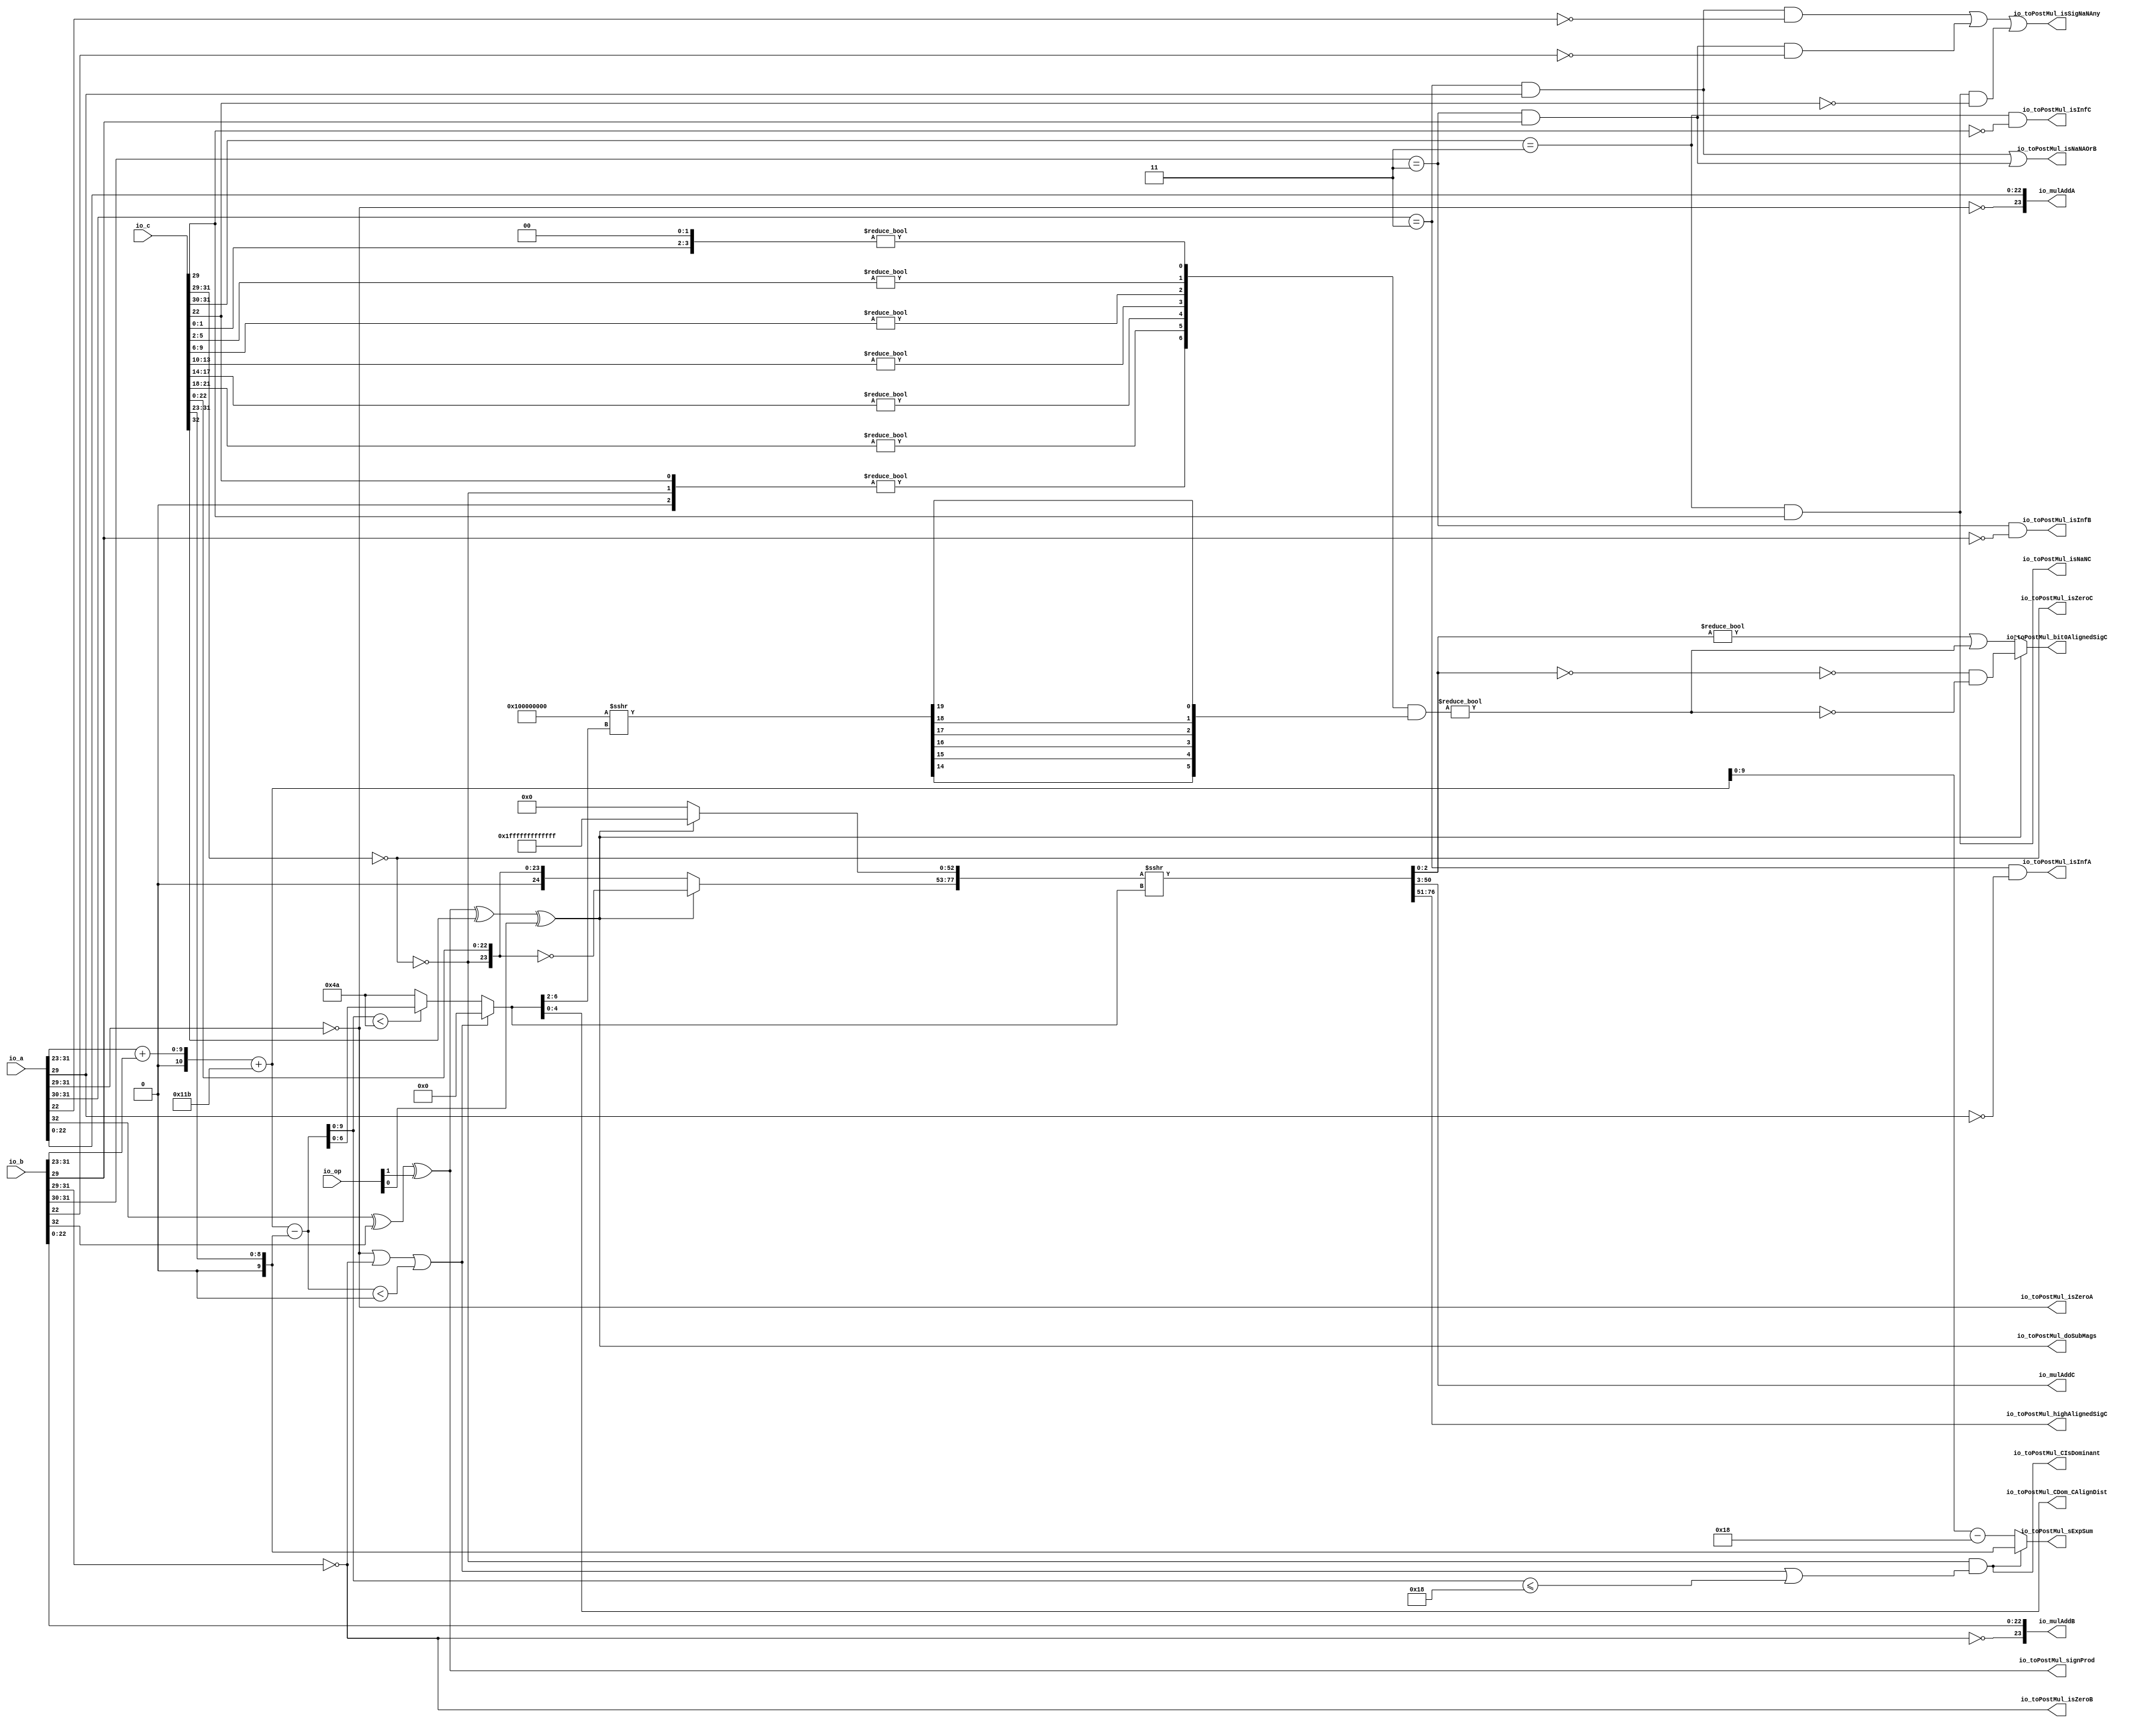
// Copyright (c) 2019, Microchip Corporation
// All rights reserved.
//
// Redistribution and use in source and binary forms, with or without
// modification, are permitted provided that the following conditions are met:
//     * Redistributions of source code must retain the above copyright
//       notice, this list of conditions and the following disclaimer.
//     * Redistributions in binary form must reproduce the above copyright
//       notice, this list of conditions and the following disclaimer in the
//       documentation and/or other materials provided with the distribution.
//     * Neither the name of the <organization> nor the
//       names of its contributors may be used to endorse or promote products
//       derived from this software without specific prior written permission.
//
// THIS SOFTWARE IS PROVIDED BY THE COPYRIGHT HOLDERS AND CONTRIBUTORS "AS IS" AND
// ANY EXPRESS OR IMPLIED WARRANTIES, INCLUDING, BUT NOT LIMITED TO, THE IMPLIED
// WARRANTIES OF MERCHANTABILITY AND FITNESS FOR A PARTICULAR PURPOSE ARE
// DISCLAIMED. IN NO EVENT SHALL MICROSEMI CORPORATIONM BE LIABLE FOR ANY
// DIRECT, INDIRECT, INCIDENTAL, SPECIAL, EXEMPLARY, OR CONSEQUENTIAL DAMAGES
// (INCLUDING, BUT NOT LIMITED TO, PROCUREMENT OF SUBSTITUTE GOODS OR SERVICES;
// LOSS OF USE, DATA, OR PROFITS; OR BUSINESS INTERRUPTION) HOWEVER CAUSED AND
// ON ANY THEORY OF LIABILITY, WHETHER IN CONTRACT, STRICT LIABILITY, OR TORT
// (INCLUDING NEGLIGENCE OR OTHERWISE) ARISING IN ANY WAY OUT OF THE USE OF THIS
// SOFTWARE, EVEN IF ADVISED OF THE POSSIBILITY OF SUCH DAMAGE.
//
// APACHE LICENSE
// Copyright (c) 2019, Microchip Corporation 
//
// Licensed under the Apache License, Version 2.0 (the "License");
// you may not use this file except in compliance with the License.
// You may obtain a copy of the License at
//
//    http://www.apache.org/licenses/LICENSE-2.0
//
// Unless required by applicable law or agreed to in writing, software
// distributed under the License is distributed on an "AS IS" BASIS,
// WITHOUT WARRANTIES OR CONDITIONS OF ANY KIND, either express or implied.
// See the License for the specific language governing permissions and
// limitations under the License.
//
// Description:
//
// SVN Revision Information:
// SVN $Revision: $
// SVN $Date: $
//
// Resolved SARs
// SAR      Date     Who   Description
//
// Notes:
//
// ****************************************************************************/
`ifndef RANDOMIZE_REG_INIT 
	 `define RANDOMIZE_REG_INIT 
 `endif
`ifndef RANDOMIZE_MEM_INIT 
	 `define RANDOMIZE_MEM_INIT 
 `endif
`ifndef RANDOMIZE 
	 `define RANDOMIZE 
`endif

`timescale 1ns/10ps
module MIV_RV32IMAF_L1_AHB_C0_MIV_RV32IMAF_L1_AHB_C0_0_MIV_RV32IMAF_L1_AHB_MUL_ADD_REC_FNTO_RAW_PRE_MUL( // @[:freechips.rocketchip.system.MivRV32ImafL1AhbConfig.fir@106796.2]
  input  [1:0]  io_op, // @[:freechips.rocketchip.system.MivRV32ImafL1AhbConfig.fir@106799.4]
  input  [32:0] io_a, // @[:freechips.rocketchip.system.MivRV32ImafL1AhbConfig.fir@106799.4]
  input  [32:0] io_b, // @[:freechips.rocketchip.system.MivRV32ImafL1AhbConfig.fir@106799.4]
  input  [32:0] io_c, // @[:freechips.rocketchip.system.MivRV32ImafL1AhbConfig.fir@106799.4]
  output [23:0] io_mulAddA, // @[:freechips.rocketchip.system.MivRV32ImafL1AhbConfig.fir@106799.4]
  output [23:0] io_mulAddB, // @[:freechips.rocketchip.system.MivRV32ImafL1AhbConfig.fir@106799.4]
  output [47:0] io_mulAddC, // @[:freechips.rocketchip.system.MivRV32ImafL1AhbConfig.fir@106799.4]
  output        io_toPostMul_isSigNaNAny, // @[:freechips.rocketchip.system.MivRV32ImafL1AhbConfig.fir@106799.4]
  output        io_toPostMul_isNaNAOrB, // @[:freechips.rocketchip.system.MivRV32ImafL1AhbConfig.fir@106799.4]
  output        io_toPostMul_isInfA, // @[:freechips.rocketchip.system.MivRV32ImafL1AhbConfig.fir@106799.4]
  output        io_toPostMul_isZeroA, // @[:freechips.rocketchip.system.MivRV32ImafL1AhbConfig.fir@106799.4]
  output        io_toPostMul_isInfB, // @[:freechips.rocketchip.system.MivRV32ImafL1AhbConfig.fir@106799.4]
  output        io_toPostMul_isZeroB, // @[:freechips.rocketchip.system.MivRV32ImafL1AhbConfig.fir@106799.4]
  output        io_toPostMul_signProd, // @[:freechips.rocketchip.system.MivRV32ImafL1AhbConfig.fir@106799.4]
  output        io_toPostMul_isNaNC, // @[:freechips.rocketchip.system.MivRV32ImafL1AhbConfig.fir@106799.4]
  output        io_toPostMul_isInfC, // @[:freechips.rocketchip.system.MivRV32ImafL1AhbConfig.fir@106799.4]
  output        io_toPostMul_isZeroC, // @[:freechips.rocketchip.system.MivRV32ImafL1AhbConfig.fir@106799.4]
  output [9:0]  io_toPostMul_sExpSum, // @[:freechips.rocketchip.system.MivRV32ImafL1AhbConfig.fir@106799.4]
  output        io_toPostMul_doSubMags, // @[:freechips.rocketchip.system.MivRV32ImafL1AhbConfig.fir@106799.4]
  output        io_toPostMul_CIsDominant, // @[:freechips.rocketchip.system.MivRV32ImafL1AhbConfig.fir@106799.4]
  output [4:0]  io_toPostMul_CDom_CAlignDist, // @[:freechips.rocketchip.system.MivRV32ImafL1AhbConfig.fir@106799.4]
  output [25:0] io_toPostMul_highAlignedSigC, // @[:freechips.rocketchip.system.MivRV32ImafL1AhbConfig.fir@106799.4]
  output        io_toPostMul_bit0AlignedSigC // @[:freechips.rocketchip.system.MivRV32ImafL1AhbConfig.fir@106799.4]
);
  wire [8:0] _T_10; // @[rawFloatFromRecFN.scala 50:21:freechips.rocketchip.system.MivRV32ImafL1AhbConfig.fir@106804.4]
  wire [2:0] _T_11; // @[rawFloatFromRecFN.scala 51:29:freechips.rocketchip.system.MivRV32ImafL1AhbConfig.fir@106805.4]
  wire  rawA_isZero; // @[rawFloatFromRecFN.scala 51:54:freechips.rocketchip.system.MivRV32ImafL1AhbConfig.fir@106806.4]
  wire [1:0] _T_14; // @[rawFloatFromRecFN.scala 52:29:freechips.rocketchip.system.MivRV32ImafL1AhbConfig.fir@106807.4]
  wire  _T_16; // @[rawFloatFromRecFN.scala 52:54:freechips.rocketchip.system.MivRV32ImafL1AhbConfig.fir@106808.4]
  wire  _T_18; // @[rawFloatFromRecFN.scala 55:41:freechips.rocketchip.system.MivRV32ImafL1AhbConfig.fir@106811.4]
  wire  rawA_isNaN; // @[rawFloatFromRecFN.scala 55:33:freechips.rocketchip.system.MivRV32ImafL1AhbConfig.fir@106812.4]
  wire  _T_22; // @[rawFloatFromRecFN.scala 56:36:freechips.rocketchip.system.MivRV32ImafL1AhbConfig.fir@106815.4]
  wire  rawA_isInf; // @[rawFloatFromRecFN.scala 56:33:freechips.rocketchip.system.MivRV32ImafL1AhbConfig.fir@106816.4]
  wire  rawA_sign; // @[rawFloatFromRecFN.scala 58:25:freechips.rocketchip.system.MivRV32ImafL1AhbConfig.fir@106819.4]
  wire [9:0] rawA_sExp; // @[rawFloatFromRecFN.scala 59:27:freechips.rocketchip.system.MivRV32ImafL1AhbConfig.fir@106821.4]
  wire  _T_28; // @[rawFloatFromRecFN.scala 60:39:freechips.rocketchip.system.MivRV32ImafL1AhbConfig.fir@106823.4]
  wire [22:0] _T_29; // @[rawFloatFromRecFN.scala 60:51:freechips.rocketchip.system.MivRV32ImafL1AhbConfig.fir@106824.4]
  wire [1:0] _T_30; // @[Cat.scala 30:58:freechips.rocketchip.system.MivRV32ImafL1AhbConfig.fir@106825.4]
  wire [24:0] rawA_sig; // @[Cat.scala 30:58:freechips.rocketchip.system.MivRV32ImafL1AhbConfig.fir@106826.4]
  wire [8:0] _T_32; // @[rawFloatFromRecFN.scala 50:21:freechips.rocketchip.system.MivRV32ImafL1AhbConfig.fir@106828.4]
  wire [2:0] _T_33; // @[rawFloatFromRecFN.scala 51:29:freechips.rocketchip.system.MivRV32ImafL1AhbConfig.fir@106829.4]
  wire  rawB_isZero; // @[rawFloatFromRecFN.scala 51:54:freechips.rocketchip.system.MivRV32ImafL1AhbConfig.fir@106830.4]
  wire [1:0] _T_36; // @[rawFloatFromRecFN.scala 52:29:freechips.rocketchip.system.MivRV32ImafL1AhbConfig.fir@106831.4]
  wire  _T_38; // @[rawFloatFromRecFN.scala 52:54:freechips.rocketchip.system.MivRV32ImafL1AhbConfig.fir@106832.4]
  wire  _T_40; // @[rawFloatFromRecFN.scala 55:41:freechips.rocketchip.system.MivRV32ImafL1AhbConfig.fir@106835.4]
  wire  rawB_isNaN; // @[rawFloatFromRecFN.scala 55:33:freechips.rocketchip.system.MivRV32ImafL1AhbConfig.fir@106836.4]
  wire  _T_44; // @[rawFloatFromRecFN.scala 56:36:freechips.rocketchip.system.MivRV32ImafL1AhbConfig.fir@106839.4]
  wire  rawB_isInf; // @[rawFloatFromRecFN.scala 56:33:freechips.rocketchip.system.MivRV32ImafL1AhbConfig.fir@106840.4]
  wire  rawB_sign; // @[rawFloatFromRecFN.scala 58:25:freechips.rocketchip.system.MivRV32ImafL1AhbConfig.fir@106843.4]
  wire [9:0] rawB_sExp; // @[rawFloatFromRecFN.scala 59:27:freechips.rocketchip.system.MivRV32ImafL1AhbConfig.fir@106845.4]
  wire  _T_50; // @[rawFloatFromRecFN.scala 60:39:freechips.rocketchip.system.MivRV32ImafL1AhbConfig.fir@106847.4]
  wire [22:0] _T_51; // @[rawFloatFromRecFN.scala 60:51:freechips.rocketchip.system.MivRV32ImafL1AhbConfig.fir@106848.4]
  wire [1:0] _T_52; // @[Cat.scala 30:58:freechips.rocketchip.system.MivRV32ImafL1AhbConfig.fir@106849.4]
  wire [24:0] rawB_sig; // @[Cat.scala 30:58:freechips.rocketchip.system.MivRV32ImafL1AhbConfig.fir@106850.4]
  wire [8:0] _T_54; // @[rawFloatFromRecFN.scala 50:21:freechips.rocketchip.system.MivRV32ImafL1AhbConfig.fir@106852.4]
  wire [2:0] _T_55; // @[rawFloatFromRecFN.scala 51:29:freechips.rocketchip.system.MivRV32ImafL1AhbConfig.fir@106853.4]
  wire  rawC_isZero; // @[rawFloatFromRecFN.scala 51:54:freechips.rocketchip.system.MivRV32ImafL1AhbConfig.fir@106854.4]
  wire [1:0] _T_58; // @[rawFloatFromRecFN.scala 52:29:freechips.rocketchip.system.MivRV32ImafL1AhbConfig.fir@106855.4]
  wire  _T_60; // @[rawFloatFromRecFN.scala 52:54:freechips.rocketchip.system.MivRV32ImafL1AhbConfig.fir@106856.4]
  wire  _T_62; // @[rawFloatFromRecFN.scala 55:41:freechips.rocketchip.system.MivRV32ImafL1AhbConfig.fir@106859.4]
  wire  rawC_isNaN; // @[rawFloatFromRecFN.scala 55:33:freechips.rocketchip.system.MivRV32ImafL1AhbConfig.fir@106860.4]
  wire  _T_66; // @[rawFloatFromRecFN.scala 56:36:freechips.rocketchip.system.MivRV32ImafL1AhbConfig.fir@106863.4]
  wire  rawC_isInf; // @[rawFloatFromRecFN.scala 56:33:freechips.rocketchip.system.MivRV32ImafL1AhbConfig.fir@106864.4]
  wire  rawC_sign; // @[rawFloatFromRecFN.scala 58:25:freechips.rocketchip.system.MivRV32ImafL1AhbConfig.fir@106867.4]
  wire [9:0] rawC_sExp; // @[rawFloatFromRecFN.scala 59:27:freechips.rocketchip.system.MivRV32ImafL1AhbConfig.fir@106869.4]
  wire  _T_72; // @[rawFloatFromRecFN.scala 60:39:freechips.rocketchip.system.MivRV32ImafL1AhbConfig.fir@106871.4]
  wire [22:0] _T_73; // @[rawFloatFromRecFN.scala 60:51:freechips.rocketchip.system.MivRV32ImafL1AhbConfig.fir@106872.4]
  wire [1:0] _T_74; // @[Cat.scala 30:58:freechips.rocketchip.system.MivRV32ImafL1AhbConfig.fir@106873.4]
  wire [24:0] rawC_sig; // @[Cat.scala 30:58:freechips.rocketchip.system.MivRV32ImafL1AhbConfig.fir@106874.4]
  wire  _T_76; // @[MulAddRecFN.scala 98:30:freechips.rocketchip.system.MivRV32ImafL1AhbConfig.fir@106876.4]
  wire  _T_77; // @[MulAddRecFN.scala 98:49:freechips.rocketchip.system.MivRV32ImafL1AhbConfig.fir@106877.4]
  wire  signProd; // @[MulAddRecFN.scala 98:42:freechips.rocketchip.system.MivRV32ImafL1AhbConfig.fir@106878.4]
  wire [10:0] _T_78; // @[MulAddRecFN.scala 101:19:freechips.rocketchip.system.MivRV32ImafL1AhbConfig.fir@106879.4]
  wire [11:0] _T_80; // @[MulAddRecFN.scala 101:32:freechips.rocketchip.system.MivRV32ImafL1AhbConfig.fir@106880.4]
  wire [10:0] _T_81; // @[MulAddRecFN.scala 101:32:freechips.rocketchip.system.MivRV32ImafL1AhbConfig.fir@106881.4]
  wire [10:0] sExpAlignedProd; // @[MulAddRecFN.scala 101:32:freechips.rocketchip.system.MivRV32ImafL1AhbConfig.fir@106882.4]
  wire  _T_82; // @[MulAddRecFN.scala 103:30:freechips.rocketchip.system.MivRV32ImafL1AhbConfig.fir@106883.4]
  wire  _T_83; // @[MulAddRecFN.scala 103:49:freechips.rocketchip.system.MivRV32ImafL1AhbConfig.fir@106884.4]
  wire  doSubMags; // @[MulAddRecFN.scala 103:42:freechips.rocketchip.system.MivRV32ImafL1AhbConfig.fir@106885.4]
  wire [10:0] _GEN_0; // @[MulAddRecFN.scala 107:42:freechips.rocketchip.system.MivRV32ImafL1AhbConfig.fir@106886.4]
  wire [11:0] _T_84; // @[MulAddRecFN.scala 107:42:freechips.rocketchip.system.MivRV32ImafL1AhbConfig.fir@106886.4]
  wire [10:0] _T_85; // @[MulAddRecFN.scala 107:42:freechips.rocketchip.system.MivRV32ImafL1AhbConfig.fir@106887.4]
  wire [10:0] sNatCAlignDist; // @[MulAddRecFN.scala 107:42:freechips.rocketchip.system.MivRV32ImafL1AhbConfig.fir@106888.4]
  wire [9:0] posNatCAlignDist; // @[MulAddRecFN.scala 108:42:freechips.rocketchip.system.MivRV32ImafL1AhbConfig.fir@106889.4]
  wire  _T_86; // @[MulAddRecFN.scala 109:35:freechips.rocketchip.system.MivRV32ImafL1AhbConfig.fir@106890.4]
  wire  _T_88; // @[MulAddRecFN.scala 109:69:freechips.rocketchip.system.MivRV32ImafL1AhbConfig.fir@106891.4]
  wire  isMinCAlign; // @[MulAddRecFN.scala 109:50:freechips.rocketchip.system.MivRV32ImafL1AhbConfig.fir@106892.4]
  wire  _T_92; // @[MulAddRecFN.scala 111:60:freechips.rocketchip.system.MivRV32ImafL1AhbConfig.fir@106894.4]
  wire  _T_93; // @[MulAddRecFN.scala 111:39:freechips.rocketchip.system.MivRV32ImafL1AhbConfig.fir@106895.4]
  wire  CIsDominant; // @[MulAddRecFN.scala 111:23:freechips.rocketchip.system.MivRV32ImafL1AhbConfig.fir@106896.4]
  wire  _T_96; // @[MulAddRecFN.scala 115:34:freechips.rocketchip.system.MivRV32ImafL1AhbConfig.fir@106897.4]
  wire [6:0] _T_97; // @[MulAddRecFN.scala 116:33:freechips.rocketchip.system.MivRV32ImafL1AhbConfig.fir@106898.4]
  wire [6:0] _T_99; // @[MulAddRecFN.scala 115:16:freechips.rocketchip.system.MivRV32ImafL1AhbConfig.fir@106899.4]
  wire [6:0] CAlignDist; // @[MulAddRecFN.scala 113:12:freechips.rocketchip.system.MivRV32ImafL1AhbConfig.fir@106900.4]
  wire [24:0] _T_100; // @[MulAddRecFN.scala 121:28:freechips.rocketchip.system.MivRV32ImafL1AhbConfig.fir@106901.4]
  wire [24:0] _T_101; // @[MulAddRecFN.scala 121:16:freechips.rocketchip.system.MivRV32ImafL1AhbConfig.fir@106902.4]
  wire [52:0] _T_105; // @[Bitwise.scala 72:12:freechips.rocketchip.system.MivRV32ImafL1AhbConfig.fir@106904.4]
  wire [77:0] _T_106; // @[Cat.scala 30:58:freechips.rocketchip.system.MivRV32ImafL1AhbConfig.fir@106905.4]
  wire [77:0] _T_107; // @[MulAddRecFN.scala 123:11:freechips.rocketchip.system.MivRV32ImafL1AhbConfig.fir@106906.4]
  wire [77:0] mainAlignedSigC; // @[MulAddRecFN.scala 123:17:freechips.rocketchip.system.MivRV32ImafL1AhbConfig.fir@106907.4]
  wire [26:0] _GEN_1; // @[MulAddRecFN.scala 125:30:freechips.rocketchip.system.MivRV32ImafL1AhbConfig.fir@106908.4]
  wire [26:0] _T_108; // @[MulAddRecFN.scala 125:30:freechips.rocketchip.system.MivRV32ImafL1AhbConfig.fir@106908.4]
  wire [3:0] _T_122; // @[primitives.scala 121:33:freechips.rocketchip.system.MivRV32ImafL1AhbConfig.fir@106911.4]
  wire  _T_124; // @[primitives.scala 121:54:freechips.rocketchip.system.MivRV32ImafL1AhbConfig.fir@106912.4]
  wire [3:0] _T_125; // @[primitives.scala 121:33:freechips.rocketchip.system.MivRV32ImafL1AhbConfig.fir@106914.4]
  wire  _T_127; // @[primitives.scala 121:54:freechips.rocketchip.system.MivRV32ImafL1AhbConfig.fir@106915.4]
  wire [3:0] _T_128; // @[primitives.scala 121:33:freechips.rocketchip.system.MivRV32ImafL1AhbConfig.fir@106917.4]
  wire  _T_130; // @[primitives.scala 121:54:freechips.rocketchip.system.MivRV32ImafL1AhbConfig.fir@106918.4]
  wire [3:0] _T_131; // @[primitives.scala 121:33:freechips.rocketchip.system.MivRV32ImafL1AhbConfig.fir@106920.4]
  wire  _T_133; // @[primitives.scala 121:54:freechips.rocketchip.system.MivRV32ImafL1AhbConfig.fir@106921.4]
  wire [3:0] _T_134; // @[primitives.scala 121:33:freechips.rocketchip.system.MivRV32ImafL1AhbConfig.fir@106923.4]
  wire  _T_136; // @[primitives.scala 121:54:freechips.rocketchip.system.MivRV32ImafL1AhbConfig.fir@106924.4]
  wire [3:0] _T_137; // @[primitives.scala 121:33:freechips.rocketchip.system.MivRV32ImafL1AhbConfig.fir@106926.4]
  wire  _T_139; // @[primitives.scala 121:54:freechips.rocketchip.system.MivRV32ImafL1AhbConfig.fir@106927.4]
  wire [2:0] _T_140; // @[primitives.scala 124:15:freechips.rocketchip.system.MivRV32ImafL1AhbConfig.fir@106929.4]
  wire  _T_142; // @[primitives.scala 124:57:freechips.rocketchip.system.MivRV32ImafL1AhbConfig.fir@106930.4]
  wire [1:0] _T_143; // @[primitives.scala 125:20:freechips.rocketchip.system.MivRV32ImafL1AhbConfig.fir@106932.4]
  wire [2:0] _T_144; // @[primitives.scala 125:20:freechips.rocketchip.system.MivRV32ImafL1AhbConfig.fir@106933.4]
  wire [1:0] _T_145; // @[primitives.scala 125:20:freechips.rocketchip.system.MivRV32ImafL1AhbConfig.fir@106934.4]
  wire [1:0] _T_146; // @[primitives.scala 125:20:freechips.rocketchip.system.MivRV32ImafL1AhbConfig.fir@106935.4]
  wire [3:0] _T_147; // @[primitives.scala 125:20:freechips.rocketchip.system.MivRV32ImafL1AhbConfig.fir@106936.4]
  wire [6:0] _T_148; // @[primitives.scala 125:20:freechips.rocketchip.system.MivRV32ImafL1AhbConfig.fir@106937.4]
  wire [4:0] _T_149; // @[MulAddRecFN.scala 127:28:freechips.rocketchip.system.MivRV32ImafL1AhbConfig.fir@106938.4]
  wire [32:0] _T_151; // @[primitives.scala 77:58:freechips.rocketchip.system.MivRV32ImafL1AhbConfig.fir@106939.4]
  wire [5:0] _T_152; // @[primitives.scala 79:22:freechips.rocketchip.system.MivRV32ImafL1AhbConfig.fir@106940.4]
  wire [3:0] _T_153; // @[Bitwise.scala 109:18:freechips.rocketchip.system.MivRV32ImafL1AhbConfig.fir@106941.4]
  wire [1:0] _T_154; // @[Bitwise.scala 109:18:freechips.rocketchip.system.MivRV32ImafL1AhbConfig.fir@106942.4]
  wire  _T_155; // @[Bitwise.scala 109:18:freechips.rocketchip.system.MivRV32ImafL1AhbConfig.fir@106943.4]
  wire  _T_156; // @[Bitwise.scala 109:44:freechips.rocketchip.system.MivRV32ImafL1AhbConfig.fir@106944.4]
  wire [1:0] _T_157; // @[Cat.scala 30:58:freechips.rocketchip.system.MivRV32ImafL1AhbConfig.fir@106945.4]
  wire [1:0] _T_158; // @[Bitwise.scala 109:44:freechips.rocketchip.system.MivRV32ImafL1AhbConfig.fir@106946.4]
  wire  _T_159; // @[Bitwise.scala 109:18:freechips.rocketchip.system.MivRV32ImafL1AhbConfig.fir@106947.4]
  wire  _T_160; // @[Bitwise.scala 109:44:freechips.rocketchip.system.MivRV32ImafL1AhbConfig.fir@106948.4]
  wire [1:0] _T_161; // @[Cat.scala 30:58:freechips.rocketchip.system.MivRV32ImafL1AhbConfig.fir@106949.4]
  wire [3:0] _T_162; // @[Cat.scala 30:58:freechips.rocketchip.system.MivRV32ImafL1AhbConfig.fir@106950.4]
  wire [1:0] _T_163; // @[Bitwise.scala 109:44:freechips.rocketchip.system.MivRV32ImafL1AhbConfig.fir@106951.4]
  wire  _T_164; // @[Bitwise.scala 109:18:freechips.rocketchip.system.MivRV32ImafL1AhbConfig.fir@106952.4]
  wire  _T_165; // @[Bitwise.scala 109:44:freechips.rocketchip.system.MivRV32ImafL1AhbConfig.fir@106953.4]
  wire [1:0] _T_166; // @[Cat.scala 30:58:freechips.rocketchip.system.MivRV32ImafL1AhbConfig.fir@106954.4]
  wire [5:0] _T_167; // @[Cat.scala 30:58:freechips.rocketchip.system.MivRV32ImafL1AhbConfig.fir@106955.4]
  wire [6:0] _GEN_2; // @[MulAddRecFN.scala 125:68:freechips.rocketchip.system.MivRV32ImafL1AhbConfig.fir@106956.4]
  wire [6:0] _T_168; // @[MulAddRecFN.scala 125:68:freechips.rocketchip.system.MivRV32ImafL1AhbConfig.fir@106956.4]
  wire  reduced4CExtra; // @[MulAddRecFN.scala 133:11:freechips.rocketchip.system.MivRV32ImafL1AhbConfig.fir@106957.4]
  wire [74:0] _T_170; // @[MulAddRecFN.scala 135:28:freechips.rocketchip.system.MivRV32ImafL1AhbConfig.fir@106958.4]
  wire [2:0] _T_171; // @[MulAddRecFN.scala 137:32:freechips.rocketchip.system.MivRV32ImafL1AhbConfig.fir@106959.4]
  wire [2:0] _T_172; // @[MulAddRecFN.scala 137:39:freechips.rocketchip.system.MivRV32ImafL1AhbConfig.fir@106960.4]
  wire  _T_174; // @[MulAddRecFN.scala 137:39:freechips.rocketchip.system.MivRV32ImafL1AhbConfig.fir@106961.4]
  wire  _T_176; // @[MulAddRecFN.scala 137:47:freechips.rocketchip.system.MivRV32ImafL1AhbConfig.fir@106962.4]
  wire  _T_177; // @[MulAddRecFN.scala 137:44:freechips.rocketchip.system.MivRV32ImafL1AhbConfig.fir@106963.4]
  wire  _T_180; // @[MulAddRecFN.scala 138:39:freechips.rocketchip.system.MivRV32ImafL1AhbConfig.fir@106965.4]
  wire  _T_181; // @[MulAddRecFN.scala 138:44:freechips.rocketchip.system.MivRV32ImafL1AhbConfig.fir@106966.4]
  wire  _T_182; // @[MulAddRecFN.scala 136:16:freechips.rocketchip.system.MivRV32ImafL1AhbConfig.fir@106967.4]
  wire [74:0] _T_183; // @[Cat.scala 30:58:freechips.rocketchip.system.MivRV32ImafL1AhbConfig.fir@106968.4]
  wire [75:0] alignedSigC; // @[Cat.scala 30:58:freechips.rocketchip.system.MivRV32ImafL1AhbConfig.fir@106969.4]
  wire [47:0] _T_184; // @[MulAddRecFN.scala 146:30:freechips.rocketchip.system.MivRV32ImafL1AhbConfig.fir@106972.4]
  wire  _T_185; // @[common.scala 81:57:freechips.rocketchip.system.MivRV32ImafL1AhbConfig.fir@106974.4]
  wire  _T_187; // @[common.scala 81:49:freechips.rocketchip.system.MivRV32ImafL1AhbConfig.fir@106975.4]
  wire  _T_188; // @[common.scala 81:46:freechips.rocketchip.system.MivRV32ImafL1AhbConfig.fir@106976.4]
  wire  _T_189; // @[common.scala 81:57:freechips.rocketchip.system.MivRV32ImafL1AhbConfig.fir@106977.4]
  wire  _T_191; // @[common.scala 81:49:freechips.rocketchip.system.MivRV32ImafL1AhbConfig.fir@106978.4]
  wire  _T_192; // @[common.scala 81:46:freechips.rocketchip.system.MivRV32ImafL1AhbConfig.fir@106979.4]
  wire  _T_193; // @[MulAddRecFN.scala 149:32:freechips.rocketchip.system.MivRV32ImafL1AhbConfig.fir@106980.4]
  wire  _T_194; // @[common.scala 81:57:freechips.rocketchip.system.MivRV32ImafL1AhbConfig.fir@106981.4]
  wire  _T_196; // @[common.scala 81:49:freechips.rocketchip.system.MivRV32ImafL1AhbConfig.fir@106982.4]
  wire  _T_197; // @[common.scala 81:46:freechips.rocketchip.system.MivRV32ImafL1AhbConfig.fir@106983.4]
  wire  _T_198; // @[MulAddRecFN.scala 149:58:freechips.rocketchip.system.MivRV32ImafL1AhbConfig.fir@106984.4]
  wire  _T_199; // @[MulAddRecFN.scala 151:42:freechips.rocketchip.system.MivRV32ImafL1AhbConfig.fir@106986.4]
  wire [11:0] _T_201; // @[MulAddRecFN.scala 161:53:freechips.rocketchip.system.MivRV32ImafL1AhbConfig.fir@106996.4]
  wire [10:0] _T_202; // @[MulAddRecFN.scala 161:53:freechips.rocketchip.system.MivRV32ImafL1AhbConfig.fir@106997.4]
  wire [10:0] _T_203; // @[MulAddRecFN.scala 161:53:freechips.rocketchip.system.MivRV32ImafL1AhbConfig.fir@106998.4]
  wire [10:0] _T_204; // @[MulAddRecFN.scala 161:12:freechips.rocketchip.system.MivRV32ImafL1AhbConfig.fir@106999.4]
  wire [4:0] _T_205; // @[MulAddRecFN.scala 164:47:freechips.rocketchip.system.MivRV32ImafL1AhbConfig.fir@107003.4]
  wire [25:0] _T_206; // @[MulAddRecFN.scala 166:20:freechips.rocketchip.system.MivRV32ImafL1AhbConfig.fir@107005.4]
  wire  _T_207; // @[MulAddRecFN.scala 167:48:freechips.rocketchip.system.MivRV32ImafL1AhbConfig.fir@107007.4]
  wire [9:0] _GEN_3;
  assign _T_10 = io_a[31:23]; // @[rawFloatFromRecFN.scala 50:21:freechips.rocketchip.system.MivRV32ImafL1AhbConfig.fir@106804.4]
  assign _T_11 = _T_10[8:6]; // @[rawFloatFromRecFN.scala 51:29:freechips.rocketchip.system.MivRV32ImafL1AhbConfig.fir@106805.4]
  assign rawA_isZero = _T_11 == 3'h0; // @[rawFloatFromRecFN.scala 51:54:freechips.rocketchip.system.MivRV32ImafL1AhbConfig.fir@106806.4]
  assign _T_14 = _T_10[8:7]; // @[rawFloatFromRecFN.scala 52:29:freechips.rocketchip.system.MivRV32ImafL1AhbConfig.fir@106807.4]
  assign _T_16 = _T_14 == 2'h3; // @[rawFloatFromRecFN.scala 52:54:freechips.rocketchip.system.MivRV32ImafL1AhbConfig.fir@106808.4]
  assign _T_18 = _T_10[6]; // @[rawFloatFromRecFN.scala 55:41:freechips.rocketchip.system.MivRV32ImafL1AhbConfig.fir@106811.4]
  assign rawA_isNaN = _T_16 & _T_18; // @[rawFloatFromRecFN.scala 55:33:freechips.rocketchip.system.MivRV32ImafL1AhbConfig.fir@106812.4]
  assign _T_22 = _T_18 == 1'h0; // @[rawFloatFromRecFN.scala 56:36:freechips.rocketchip.system.MivRV32ImafL1AhbConfig.fir@106815.4]
  assign rawA_isInf = _T_16 & _T_22; // @[rawFloatFromRecFN.scala 56:33:freechips.rocketchip.system.MivRV32ImafL1AhbConfig.fir@106816.4]
  assign rawA_sign = io_a[32]; // @[rawFloatFromRecFN.scala 58:25:freechips.rocketchip.system.MivRV32ImafL1AhbConfig.fir@106819.4]
  assign rawA_sExp = {1'b0,$signed(_T_10)}; // @[rawFloatFromRecFN.scala 59:27:freechips.rocketchip.system.MivRV32ImafL1AhbConfig.fir@106821.4]
  assign _T_28 = rawA_isZero == 1'h0; // @[rawFloatFromRecFN.scala 60:39:freechips.rocketchip.system.MivRV32ImafL1AhbConfig.fir@106823.4]
  assign _T_29 = io_a[22:0]; // @[rawFloatFromRecFN.scala 60:51:freechips.rocketchip.system.MivRV32ImafL1AhbConfig.fir@106824.4]
  assign _T_30 = {1'h0,_T_28}; // @[Cat.scala 30:58:freechips.rocketchip.system.MivRV32ImafL1AhbConfig.fir@106825.4]
  assign rawA_sig = {_T_30,_T_29}; // @[Cat.scala 30:58:freechips.rocketchip.system.MivRV32ImafL1AhbConfig.fir@106826.4]
  assign _T_32 = io_b[31:23]; // @[rawFloatFromRecFN.scala 50:21:freechips.rocketchip.system.MivRV32ImafL1AhbConfig.fir@106828.4]
  assign _T_33 = _T_32[8:6]; // @[rawFloatFromRecFN.scala 51:29:freechips.rocketchip.system.MivRV32ImafL1AhbConfig.fir@106829.4]
  assign rawB_isZero = _T_33 == 3'h0; // @[rawFloatFromRecFN.scala 51:54:freechips.rocketchip.system.MivRV32ImafL1AhbConfig.fir@106830.4]
  assign _T_36 = _T_32[8:7]; // @[rawFloatFromRecFN.scala 52:29:freechips.rocketchip.system.MivRV32ImafL1AhbConfig.fir@106831.4]
  assign _T_38 = _T_36 == 2'h3; // @[rawFloatFromRecFN.scala 52:54:freechips.rocketchip.system.MivRV32ImafL1AhbConfig.fir@106832.4]
  assign _T_40 = _T_32[6]; // @[rawFloatFromRecFN.scala 55:41:freechips.rocketchip.system.MivRV32ImafL1AhbConfig.fir@106835.4]
  assign rawB_isNaN = _T_38 & _T_40; // @[rawFloatFromRecFN.scala 55:33:freechips.rocketchip.system.MivRV32ImafL1AhbConfig.fir@106836.4]
  assign _T_44 = _T_40 == 1'h0; // @[rawFloatFromRecFN.scala 56:36:freechips.rocketchip.system.MivRV32ImafL1AhbConfig.fir@106839.4]
  assign rawB_isInf = _T_38 & _T_44; // @[rawFloatFromRecFN.scala 56:33:freechips.rocketchip.system.MivRV32ImafL1AhbConfig.fir@106840.4]
  assign rawB_sign = io_b[32]; // @[rawFloatFromRecFN.scala 58:25:freechips.rocketchip.system.MivRV32ImafL1AhbConfig.fir@106843.4]
  assign rawB_sExp = {1'b0,$signed(_T_32)}; // @[rawFloatFromRecFN.scala 59:27:freechips.rocketchip.system.MivRV32ImafL1AhbConfig.fir@106845.4]
  assign _T_50 = rawB_isZero == 1'h0; // @[rawFloatFromRecFN.scala 60:39:freechips.rocketchip.system.MivRV32ImafL1AhbConfig.fir@106847.4]
  assign _T_51 = io_b[22:0]; // @[rawFloatFromRecFN.scala 60:51:freechips.rocketchip.system.MivRV32ImafL1AhbConfig.fir@106848.4]
  assign _T_52 = {1'h0,_T_50}; // @[Cat.scala 30:58:freechips.rocketchip.system.MivRV32ImafL1AhbConfig.fir@106849.4]
  assign rawB_sig = {_T_52,_T_51}; // @[Cat.scala 30:58:freechips.rocketchip.system.MivRV32ImafL1AhbConfig.fir@106850.4]
  assign _T_54 = io_c[31:23]; // @[rawFloatFromRecFN.scala 50:21:freechips.rocketchip.system.MivRV32ImafL1AhbConfig.fir@106852.4]
  assign _T_55 = _T_54[8:6]; // @[rawFloatFromRecFN.scala 51:29:freechips.rocketchip.system.MivRV32ImafL1AhbConfig.fir@106853.4]
  assign rawC_isZero = _T_55 == 3'h0; // @[rawFloatFromRecFN.scala 51:54:freechips.rocketchip.system.MivRV32ImafL1AhbConfig.fir@106854.4]
  assign _T_58 = _T_54[8:7]; // @[rawFloatFromRecFN.scala 52:29:freechips.rocketchip.system.MivRV32ImafL1AhbConfig.fir@106855.4]
  assign _T_60 = _T_58 == 2'h3; // @[rawFloatFromRecFN.scala 52:54:freechips.rocketchip.system.MivRV32ImafL1AhbConfig.fir@106856.4]
  assign _T_62 = _T_54[6]; // @[rawFloatFromRecFN.scala 55:41:freechips.rocketchip.system.MivRV32ImafL1AhbConfig.fir@106859.4]
  assign rawC_isNaN = _T_60 & _T_62; // @[rawFloatFromRecFN.scala 55:33:freechips.rocketchip.system.MivRV32ImafL1AhbConfig.fir@106860.4]
  assign _T_66 = _T_62 == 1'h0; // @[rawFloatFromRecFN.scala 56:36:freechips.rocketchip.system.MivRV32ImafL1AhbConfig.fir@106863.4]
  assign rawC_isInf = _T_60 & _T_66; // @[rawFloatFromRecFN.scala 56:33:freechips.rocketchip.system.MivRV32ImafL1AhbConfig.fir@106864.4]
  assign rawC_sign = io_c[32]; // @[rawFloatFromRecFN.scala 58:25:freechips.rocketchip.system.MivRV32ImafL1AhbConfig.fir@106867.4]
  assign rawC_sExp = {1'b0,$signed(_T_54)}; // @[rawFloatFromRecFN.scala 59:27:freechips.rocketchip.system.MivRV32ImafL1AhbConfig.fir@106869.4]
  assign _T_72 = rawC_isZero == 1'h0; // @[rawFloatFromRecFN.scala 60:39:freechips.rocketchip.system.MivRV32ImafL1AhbConfig.fir@106871.4]
  assign _T_73 = io_c[22:0]; // @[rawFloatFromRecFN.scala 60:51:freechips.rocketchip.system.MivRV32ImafL1AhbConfig.fir@106872.4]
  assign _T_74 = {1'h0,_T_72}; // @[Cat.scala 30:58:freechips.rocketchip.system.MivRV32ImafL1AhbConfig.fir@106873.4]
  assign rawC_sig = {_T_74,_T_73}; // @[Cat.scala 30:58:freechips.rocketchip.system.MivRV32ImafL1AhbConfig.fir@106874.4]
  assign _T_76 = rawA_sign ^ rawB_sign; // @[MulAddRecFN.scala 98:30:freechips.rocketchip.system.MivRV32ImafL1AhbConfig.fir@106876.4]
  assign _T_77 = io_op[1]; // @[MulAddRecFN.scala 98:49:freechips.rocketchip.system.MivRV32ImafL1AhbConfig.fir@106877.4]
  assign signProd = _T_76 ^ _T_77; // @[MulAddRecFN.scala 98:42:freechips.rocketchip.system.MivRV32ImafL1AhbConfig.fir@106878.4]
  assign _T_78 = $signed(rawA_sExp) + $signed(rawB_sExp); // @[MulAddRecFN.scala 101:19:freechips.rocketchip.system.MivRV32ImafL1AhbConfig.fir@106879.4]
  assign _T_80 = $signed(_T_78) + $signed(-11'she5); // @[MulAddRecFN.scala 101:32:freechips.rocketchip.system.MivRV32ImafL1AhbConfig.fir@106880.4]
  assign _T_81 = _T_80[10:0]; // @[MulAddRecFN.scala 101:32:freechips.rocketchip.system.MivRV32ImafL1AhbConfig.fir@106881.4]
  assign sExpAlignedProd = $signed(_T_81); // @[MulAddRecFN.scala 101:32:freechips.rocketchip.system.MivRV32ImafL1AhbConfig.fir@106882.4]
  assign _T_82 = signProd ^ rawC_sign; // @[MulAddRecFN.scala 103:30:freechips.rocketchip.system.MivRV32ImafL1AhbConfig.fir@106883.4]
  assign _T_83 = io_op[0]; // @[MulAddRecFN.scala 103:49:freechips.rocketchip.system.MivRV32ImafL1AhbConfig.fir@106884.4]
  assign doSubMags = _T_82 ^ _T_83; // @[MulAddRecFN.scala 103:42:freechips.rocketchip.system.MivRV32ImafL1AhbConfig.fir@106885.4]
  assign _GEN_0 = {{1{rawC_sExp[9]}},rawC_sExp}; // @[MulAddRecFN.scala 107:42:freechips.rocketchip.system.MivRV32ImafL1AhbConfig.fir@106886.4]
  assign _T_84 = $signed(sExpAlignedProd) - $signed(_GEN_0); // @[MulAddRecFN.scala 107:42:freechips.rocketchip.system.MivRV32ImafL1AhbConfig.fir@106886.4]
  assign _T_85 = _T_84[10:0]; // @[MulAddRecFN.scala 107:42:freechips.rocketchip.system.MivRV32ImafL1AhbConfig.fir@106887.4]
  assign sNatCAlignDist = $signed(_T_85); // @[MulAddRecFN.scala 107:42:freechips.rocketchip.system.MivRV32ImafL1AhbConfig.fir@106888.4]
  assign posNatCAlignDist = sNatCAlignDist[9:0]; // @[MulAddRecFN.scala 108:42:freechips.rocketchip.system.MivRV32ImafL1AhbConfig.fir@106889.4]
  assign _T_86 = rawA_isZero | rawB_isZero; // @[MulAddRecFN.scala 109:35:freechips.rocketchip.system.MivRV32ImafL1AhbConfig.fir@106890.4]
  assign _T_88 = $signed(sNatCAlignDist) < $signed(11'sh0); // @[MulAddRecFN.scala 109:69:freechips.rocketchip.system.MivRV32ImafL1AhbConfig.fir@106891.4]
  assign isMinCAlign = _T_86 | _T_88; // @[MulAddRecFN.scala 109:50:freechips.rocketchip.system.MivRV32ImafL1AhbConfig.fir@106892.4]
  assign _T_92 = posNatCAlignDist <= 10'h18; // @[MulAddRecFN.scala 111:60:freechips.rocketchip.system.MivRV32ImafL1AhbConfig.fir@106894.4]
  assign _T_93 = isMinCAlign | _T_92; // @[MulAddRecFN.scala 111:39:freechips.rocketchip.system.MivRV32ImafL1AhbConfig.fir@106895.4]
  assign CIsDominant = _T_72 & _T_93; // @[MulAddRecFN.scala 111:23:freechips.rocketchip.system.MivRV32ImafL1AhbConfig.fir@106896.4]
  assign _T_96 = posNatCAlignDist < 10'h4a; // @[MulAddRecFN.scala 115:34:freechips.rocketchip.system.MivRV32ImafL1AhbConfig.fir@106897.4]
  assign _T_97 = posNatCAlignDist[6:0]; // @[MulAddRecFN.scala 116:33:freechips.rocketchip.system.MivRV32ImafL1AhbConfig.fir@106898.4]
  assign _T_99 = _T_96 ? _T_97 : 7'h4a; // @[MulAddRecFN.scala 115:16:freechips.rocketchip.system.MivRV32ImafL1AhbConfig.fir@106899.4]
  assign CAlignDist = isMinCAlign ? 7'h0 : _T_99; // @[MulAddRecFN.scala 113:12:freechips.rocketchip.system.MivRV32ImafL1AhbConfig.fir@106900.4]
  assign _T_100 = ~ rawC_sig; // @[MulAddRecFN.scala 121:28:freechips.rocketchip.system.MivRV32ImafL1AhbConfig.fir@106901.4]
  assign _T_101 = doSubMags ? _T_100 : rawC_sig; // @[MulAddRecFN.scala 121:16:freechips.rocketchip.system.MivRV32ImafL1AhbConfig.fir@106902.4]
  assign _T_105 = doSubMags ? 53'h1fffffffffffff : 53'h0; // @[Bitwise.scala 72:12:freechips.rocketchip.system.MivRV32ImafL1AhbConfig.fir@106904.4]
  assign _T_106 = {_T_101,_T_105}; // @[Cat.scala 30:58:freechips.rocketchip.system.MivRV32ImafL1AhbConfig.fir@106905.4]
  assign _T_107 = $signed(_T_106); // @[MulAddRecFN.scala 123:11:freechips.rocketchip.system.MivRV32ImafL1AhbConfig.fir@106906.4]
  assign mainAlignedSigC = $signed(_T_107) >>> CAlignDist; // @[MulAddRecFN.scala 123:17:freechips.rocketchip.system.MivRV32ImafL1AhbConfig.fir@106907.4]
  assign _GEN_1 = {{2'd0}, rawC_sig}; // @[MulAddRecFN.scala 125:30:freechips.rocketchip.system.MivRV32ImafL1AhbConfig.fir@106908.4]
  assign _T_108 = _GEN_1 << 2; // @[MulAddRecFN.scala 125:30:freechips.rocketchip.system.MivRV32ImafL1AhbConfig.fir@106908.4]
  assign _T_122 = _T_108[3:0]; // @[primitives.scala 121:33:freechips.rocketchip.system.MivRV32ImafL1AhbConfig.fir@106911.4]
  assign _T_124 = _T_122 != 4'h0; // @[primitives.scala 121:54:freechips.rocketchip.system.MivRV32ImafL1AhbConfig.fir@106912.4]
  assign _T_125 = _T_108[7:4]; // @[primitives.scala 121:33:freechips.rocketchip.system.MivRV32ImafL1AhbConfig.fir@106914.4]
  assign _T_127 = _T_125 != 4'h0; // @[primitives.scala 121:54:freechips.rocketchip.system.MivRV32ImafL1AhbConfig.fir@106915.4]
  assign _T_128 = _T_108[11:8]; // @[primitives.scala 121:33:freechips.rocketchip.system.MivRV32ImafL1AhbConfig.fir@106917.4]
  assign _T_130 = _T_128 != 4'h0; // @[primitives.scala 121:54:freechips.rocketchip.system.MivRV32ImafL1AhbConfig.fir@106918.4]
  assign _T_131 = _T_108[15:12]; // @[primitives.scala 121:33:freechips.rocketchip.system.MivRV32ImafL1AhbConfig.fir@106920.4]
  assign _T_133 = _T_131 != 4'h0; // @[primitives.scala 121:54:freechips.rocketchip.system.MivRV32ImafL1AhbConfig.fir@106921.4]
  assign _T_134 = _T_108[19:16]; // @[primitives.scala 121:33:freechips.rocketchip.system.MivRV32ImafL1AhbConfig.fir@106923.4]
  assign _T_136 = _T_134 != 4'h0; // @[primitives.scala 121:54:freechips.rocketchip.system.MivRV32ImafL1AhbConfig.fir@106924.4]
  assign _T_137 = _T_108[23:20]; // @[primitives.scala 121:33:freechips.rocketchip.system.MivRV32ImafL1AhbConfig.fir@106926.4]
  assign _T_139 = _T_137 != 4'h0; // @[primitives.scala 121:54:freechips.rocketchip.system.MivRV32ImafL1AhbConfig.fir@106927.4]
  assign _T_140 = _T_108[26:24]; // @[primitives.scala 124:15:freechips.rocketchip.system.MivRV32ImafL1AhbConfig.fir@106929.4]
  assign _T_142 = _T_140 != 3'h0; // @[primitives.scala 124:57:freechips.rocketchip.system.MivRV32ImafL1AhbConfig.fir@106930.4]
  assign _T_143 = {_T_130,_T_127}; // @[primitives.scala 125:20:freechips.rocketchip.system.MivRV32ImafL1AhbConfig.fir@106932.4]
  assign _T_144 = {_T_143,_T_124}; // @[primitives.scala 125:20:freechips.rocketchip.system.MivRV32ImafL1AhbConfig.fir@106933.4]
  assign _T_145 = {_T_136,_T_133}; // @[primitives.scala 125:20:freechips.rocketchip.system.MivRV32ImafL1AhbConfig.fir@106934.4]
  assign _T_146 = {_T_142,_T_139}; // @[primitives.scala 125:20:freechips.rocketchip.system.MivRV32ImafL1AhbConfig.fir@106935.4]
  assign _T_147 = {_T_146,_T_145}; // @[primitives.scala 125:20:freechips.rocketchip.system.MivRV32ImafL1AhbConfig.fir@106936.4]
  assign _T_148 = {_T_147,_T_144}; // @[primitives.scala 125:20:freechips.rocketchip.system.MivRV32ImafL1AhbConfig.fir@106937.4]
  assign _T_149 = CAlignDist[6:2]; // @[MulAddRecFN.scala 127:28:freechips.rocketchip.system.MivRV32ImafL1AhbConfig.fir@106938.4]
  assign _T_151 = $signed(-33'sh100000000) >>> _T_149; // @[primitives.scala 77:58:freechips.rocketchip.system.MivRV32ImafL1AhbConfig.fir@106939.4]
  assign _T_152 = _T_151[19:14]; // @[primitives.scala 79:22:freechips.rocketchip.system.MivRV32ImafL1AhbConfig.fir@106940.4]
  assign _T_153 = _T_152[3:0]; // @[Bitwise.scala 109:18:freechips.rocketchip.system.MivRV32ImafL1AhbConfig.fir@106941.4]
  assign _T_154 = _T_153[1:0]; // @[Bitwise.scala 109:18:freechips.rocketchip.system.MivRV32ImafL1AhbConfig.fir@106942.4]
  assign _T_155 = _T_154[0]; // @[Bitwise.scala 109:18:freechips.rocketchip.system.MivRV32ImafL1AhbConfig.fir@106943.4]
  assign _T_156 = _T_154[1]; // @[Bitwise.scala 109:44:freechips.rocketchip.system.MivRV32ImafL1AhbConfig.fir@106944.4]
  assign _T_157 = {_T_155,_T_156}; // @[Cat.scala 30:58:freechips.rocketchip.system.MivRV32ImafL1AhbConfig.fir@106945.4]
  assign _T_158 = _T_153[3:2]; // @[Bitwise.scala 109:44:freechips.rocketchip.system.MivRV32ImafL1AhbConfig.fir@106946.4]
  assign _T_159 = _T_158[0]; // @[Bitwise.scala 109:18:freechips.rocketchip.system.MivRV32ImafL1AhbConfig.fir@106947.4]
  assign _T_160 = _T_158[1]; // @[Bitwise.scala 109:44:freechips.rocketchip.system.MivRV32ImafL1AhbConfig.fir@106948.4]
  assign _T_161 = {_T_159,_T_160}; // @[Cat.scala 30:58:freechips.rocketchip.system.MivRV32ImafL1AhbConfig.fir@106949.4]
  assign _T_162 = {_T_157,_T_161}; // @[Cat.scala 30:58:freechips.rocketchip.system.MivRV32ImafL1AhbConfig.fir@106950.4]
  assign _T_163 = _T_152[5:4]; // @[Bitwise.scala 109:44:freechips.rocketchip.system.MivRV32ImafL1AhbConfig.fir@106951.4]
  assign _T_164 = _T_163[0]; // @[Bitwise.scala 109:18:freechips.rocketchip.system.MivRV32ImafL1AhbConfig.fir@106952.4]
  assign _T_165 = _T_163[1]; // @[Bitwise.scala 109:44:freechips.rocketchip.system.MivRV32ImafL1AhbConfig.fir@106953.4]
  assign _T_166 = {_T_164,_T_165}; // @[Cat.scala 30:58:freechips.rocketchip.system.MivRV32ImafL1AhbConfig.fir@106954.4]
  assign _T_167 = {_T_162,_T_166}; // @[Cat.scala 30:58:freechips.rocketchip.system.MivRV32ImafL1AhbConfig.fir@106955.4]
  assign _GEN_2 = {{1'd0}, _T_167}; // @[MulAddRecFN.scala 125:68:freechips.rocketchip.system.MivRV32ImafL1AhbConfig.fir@106956.4]
  assign _T_168 = _T_148 & _GEN_2; // @[MulAddRecFN.scala 125:68:freechips.rocketchip.system.MivRV32ImafL1AhbConfig.fir@106956.4]
  assign reduced4CExtra = _T_168 != 7'h0; // @[MulAddRecFN.scala 133:11:freechips.rocketchip.system.MivRV32ImafL1AhbConfig.fir@106957.4]
  assign _T_170 = mainAlignedSigC[77:3]; // @[MulAddRecFN.scala 135:28:freechips.rocketchip.system.MivRV32ImafL1AhbConfig.fir@106958.4]
  assign _T_171 = mainAlignedSigC[2:0]; // @[MulAddRecFN.scala 137:32:freechips.rocketchip.system.MivRV32ImafL1AhbConfig.fir@106959.4]
  assign _T_172 = ~ _T_171; // @[MulAddRecFN.scala 137:39:freechips.rocketchip.system.MivRV32ImafL1AhbConfig.fir@106960.4]
  assign _T_174 = _T_172 == 3'h0; // @[MulAddRecFN.scala 137:39:freechips.rocketchip.system.MivRV32ImafL1AhbConfig.fir@106961.4]
  assign _T_176 = reduced4CExtra == 1'h0; // @[MulAddRecFN.scala 137:47:freechips.rocketchip.system.MivRV32ImafL1AhbConfig.fir@106962.4]
  assign _T_177 = _T_174 & _T_176; // @[MulAddRecFN.scala 137:44:freechips.rocketchip.system.MivRV32ImafL1AhbConfig.fir@106963.4]
  assign _T_180 = _T_171 != 3'h0; // @[MulAddRecFN.scala 138:39:freechips.rocketchip.system.MivRV32ImafL1AhbConfig.fir@106965.4]
  assign _T_181 = _T_180 | reduced4CExtra; // @[MulAddRecFN.scala 138:44:freechips.rocketchip.system.MivRV32ImafL1AhbConfig.fir@106966.4]
  assign _T_182 = doSubMags ? _T_177 : _T_181; // @[MulAddRecFN.scala 136:16:freechips.rocketchip.system.MivRV32ImafL1AhbConfig.fir@106967.4]
  assign _T_183 = $unsigned(_T_170); // @[Cat.scala 30:58:freechips.rocketchip.system.MivRV32ImafL1AhbConfig.fir@106968.4]
  assign alignedSigC = {_T_183,_T_182}; // @[Cat.scala 30:58:freechips.rocketchip.system.MivRV32ImafL1AhbConfig.fir@106969.4]
  assign _T_184 = alignedSigC[48:1]; // @[MulAddRecFN.scala 146:30:freechips.rocketchip.system.MivRV32ImafL1AhbConfig.fir@106972.4]
  assign _T_185 = rawA_sig[22]; // @[common.scala 81:57:freechips.rocketchip.system.MivRV32ImafL1AhbConfig.fir@106974.4]
  assign _T_187 = _T_185 == 1'h0; // @[common.scala 81:49:freechips.rocketchip.system.MivRV32ImafL1AhbConfig.fir@106975.4]
  assign _T_188 = rawA_isNaN & _T_187; // @[common.scala 81:46:freechips.rocketchip.system.MivRV32ImafL1AhbConfig.fir@106976.4]
  assign _T_189 = rawB_sig[22]; // @[common.scala 81:57:freechips.rocketchip.system.MivRV32ImafL1AhbConfig.fir@106977.4]
  assign _T_191 = _T_189 == 1'h0; // @[common.scala 81:49:freechips.rocketchip.system.MivRV32ImafL1AhbConfig.fir@106978.4]
  assign _T_192 = rawB_isNaN & _T_191; // @[common.scala 81:46:freechips.rocketchip.system.MivRV32ImafL1AhbConfig.fir@106979.4]
  assign _T_193 = _T_188 | _T_192; // @[MulAddRecFN.scala 149:32:freechips.rocketchip.system.MivRV32ImafL1AhbConfig.fir@106980.4]
  assign _T_194 = rawC_sig[22]; // @[common.scala 81:57:freechips.rocketchip.system.MivRV32ImafL1AhbConfig.fir@106981.4]
  assign _T_196 = _T_194 == 1'h0; // @[common.scala 81:49:freechips.rocketchip.system.MivRV32ImafL1AhbConfig.fir@106982.4]
  assign _T_197 = rawC_isNaN & _T_196; // @[common.scala 81:46:freechips.rocketchip.system.MivRV32ImafL1AhbConfig.fir@106983.4]
  assign _T_198 = _T_193 | _T_197; // @[MulAddRecFN.scala 149:58:freechips.rocketchip.system.MivRV32ImafL1AhbConfig.fir@106984.4]
  assign _T_199 = rawA_isNaN | rawB_isNaN; // @[MulAddRecFN.scala 151:42:freechips.rocketchip.system.MivRV32ImafL1AhbConfig.fir@106986.4]
  assign _T_201 = $signed(sExpAlignedProd) - $signed(11'sh18); // @[MulAddRecFN.scala 161:53:freechips.rocketchip.system.MivRV32ImafL1AhbConfig.fir@106996.4]
  assign _T_202 = _T_201[10:0]; // @[MulAddRecFN.scala 161:53:freechips.rocketchip.system.MivRV32ImafL1AhbConfig.fir@106997.4]
  assign _T_203 = $signed(_T_202); // @[MulAddRecFN.scala 161:53:freechips.rocketchip.system.MivRV32ImafL1AhbConfig.fir@106998.4]
  assign _T_204 = CIsDominant ? $signed({{1{rawC_sExp[9]}},rawC_sExp}) : $signed(_T_203); // @[MulAddRecFN.scala 161:12:freechips.rocketchip.system.MivRV32ImafL1AhbConfig.fir@106999.4]
  assign _T_205 = CAlignDist[4:0]; // @[MulAddRecFN.scala 164:47:freechips.rocketchip.system.MivRV32ImafL1AhbConfig.fir@107003.4]
  assign _T_206 = alignedSigC[74:49]; // @[MulAddRecFN.scala 166:20:freechips.rocketchip.system.MivRV32ImafL1AhbConfig.fir@107005.4]
  assign _T_207 = alignedSigC[0]; // @[MulAddRecFN.scala 167:48:freechips.rocketchip.system.MivRV32ImafL1AhbConfig.fir@107007.4]
  assign io_mulAddA = rawA_sig[23:0];
  assign io_mulAddB = rawB_sig[23:0];
  assign io_mulAddC = _T_184;
  assign io_toPostMul_isSigNaNAny = _T_198;
  assign io_toPostMul_isNaNAOrB = _T_199;
  assign io_toPostMul_isInfA = rawA_isInf;
  assign io_toPostMul_isZeroA = rawA_isZero;
  assign io_toPostMul_isInfB = rawB_isInf;
  assign io_toPostMul_isZeroB = rawB_isZero;
  assign io_toPostMul_signProd = signProd;
  assign io_toPostMul_isNaNC = rawC_isNaN;
  assign io_toPostMul_isInfC = rawC_isInf;
  assign io_toPostMul_isZeroC = rawC_isZero;
  assign _GEN_3 = _T_204[9:0];
  assign io_toPostMul_sExpSum = $signed(_GEN_3);
  assign io_toPostMul_doSubMags = doSubMags;
  assign io_toPostMul_CIsDominant = CIsDominant;
  assign io_toPostMul_CDom_CAlignDist = _T_205;
  assign io_toPostMul_highAlignedSigC = _T_206;
  assign io_toPostMul_bit0AlignedSigC = _T_207;
endmodule